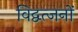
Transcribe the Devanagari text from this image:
विद्वत्जनों